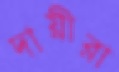
দায়ীরা